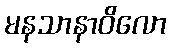
မနသာနာဝိလော